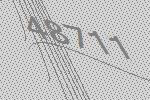
48711